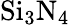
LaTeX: \mathrm{Si_{3}N_{4}}